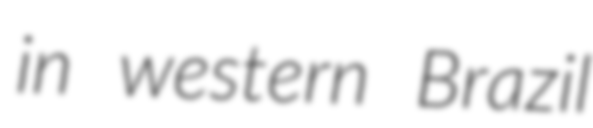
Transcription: in western Brazil